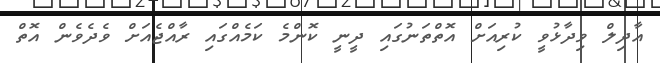
އާދިލް ވިދާޅުވީ ކުރިއަށް އޮތްތަނުގައި ދީނީ ކޮންމެ ކަމެއްގައި ރާއްޖެއަށް ވެދެވެން އޮތް